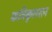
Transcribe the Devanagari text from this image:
कविकुलरत्न